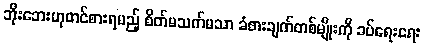
ဘိုးဘေးဟုတင်စားရမည့် စိတ်မသက်မသာ ခံစားချက်တစ်မျိုးကို ခပ်ရေးရေး